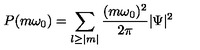
P ( m \omega _ { 0 } ) = \sum _ { l \geq | m | } \frac { ( m \omega _ { 0 } ) ^ { 2 } } { 2 \pi } | \Psi | ^ { 2 } \,